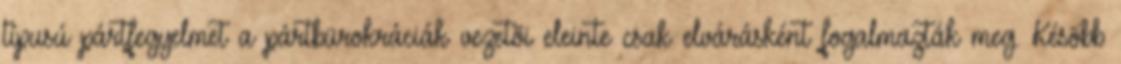
típusú pártfegyelmet a pártbürokráciák vezetõi eleinte csak»elvárásként«fogalmazták meg. Késõbb